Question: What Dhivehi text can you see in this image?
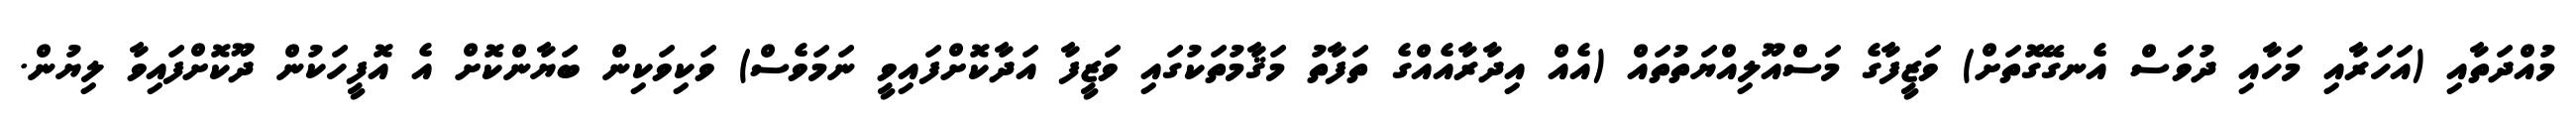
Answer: މުއްދަތާއި (އަހަރާއި މަހާއި ދުވަސް އެނގޭގޮތަށް) ވަޒީފާގެ މަސްއޫލިއްޔަތުތައް (އެއް އިދާރާއެއްގެ ތަފާތު މަޤާމުތަކުގައި ވަޒީފާ އަދާކޮށްފައިވީ ނަމަވެސް) ވަކިވަކިން ބަޔާންކޮށް އެ އޮފީހަކުން ދޫކޮށްފައިވާ ލިޔުން.